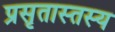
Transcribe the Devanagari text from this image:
प्रसृतास्तस्य